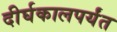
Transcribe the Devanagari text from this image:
दीर्घकालपर्यंत